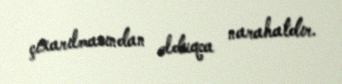
çıxarılmasından olduqca narahatdır.